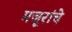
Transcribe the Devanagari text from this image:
मजूरांचे